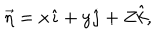
\vec { \eta } = x \hat { \imath } + y \hat { \jmath } + Z \hat { k } ,